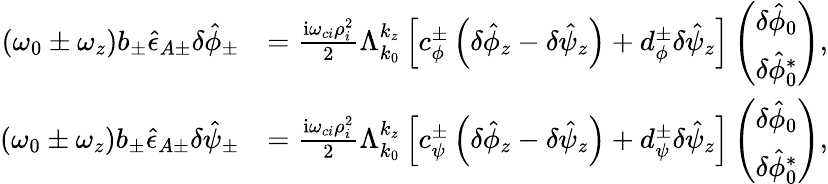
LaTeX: \begin{array}{rl}{\left(\omega_{0}\pm\omega_{z}\right)b_{\pm}\hat{\epsilon}_{A\pm}\delta\hat{\phi}_{\pm}}&{=\frac{\mathrm{i}\omega_{ci}\rho_{i}^{2}}{2}\Lambda_{k_{0}}^{k_{z}}\left[c_{\phi}^{\pm}\left(\delta\hat{\phi}_{z}-\delta\hat{\psi}_{z}\right)+d_{\phi}^{\pm}\delta\hat{\psi}_{z}\right]\left(\begin{array}{c}{\delta\hat{\phi}_{0}}\\ {\delta\hat{\phi}_{0}^{*}}\end{array}\right),}\\ {\left(\omega_{0}\pm\omega_{z}\right)b_{\pm}\hat{\epsilon}_{A\pm}\delta\hat{\psi}_{\pm}}&{=\frac{\mathrm{i}\omega_{ci}\rho_{i}^{2}}{2}\Lambda_{k_{0}}^{k_{z}}\left[c_{\psi}^{\pm}\left(\delta\hat{\phi}_{z}-\delta\hat{\psi}_{z}\right)+d_{\psi}^{\pm}\delta\hat{\psi}_{z}\right]\left(\begin{array}{c}{\delta\hat{\phi}_{0}}\\ {\delta\hat{\phi}_{0}^{*}}\end{array}\right),}\end{array}